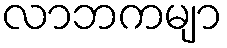
လာဘကမျာ